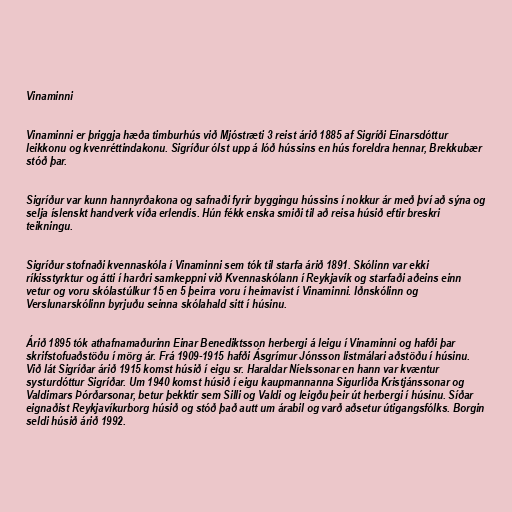
Vinaminni

Vinaminni er þriggja hæða timburhús við Mjóstræti 3 reist árið 1885 af Sigríði Einarsdóttur
leikkonu og kvenréttindakonu. Sigríður ólst upp á lóð hússins en hús foreldra hennar, Brekkubær
stóð þar.

Sigríður var kunn hannyrðakona og safnaði fyrir byggingu hússins í nokkur ár með því að sýna og
selja íslenskt handverk víða erlendis. Hún fékk enska smiði til að reisa húsið eftir breskri
teikningu.

Sigríður stofnaði kvennaskóla í Vinaminni sem tók til starfa árið 1891. Skólinn var ekki
ríkisstyrktur og átti í harðri samkeppni við Kvennaskólann í Reykjavík og starfaði aðeins einn
vetur og voru skólastúlkur 15 en 5 þeirra voru í heimavist í Vinaminni. Iðnskólinn og
Verslunarskólinn byrjuðu seinna skólahald sitt í húsinu.

Árið 1895 tók athafnamaðurinn Einar Benediktsson herbergi á leigu í Vinaminni og hafði þar
skrifstofuaðstöðu í mörg ár. Frá 1909-1915 hafði Ásgrímur Jónsson listmálari aðstöðu í húsinu.
Við lát Sigríðar árið 1915 komst húsið í eigu sr. Haraldar Níelssonar en hann var kvæntur
systurdóttur Sigríðar. Um 1940 komst húsið í eigu kaupmannanna Sigurliða Kristjánssonar og
Valdimars Þórðarsonar, betur þekktir sem Silli og Valdi og leigðu þeir út herbergi í húsinu. Síðar
eignaðist Reykjavíkurborg húsið og stóð það autt um árabil og varð aðsetur útigangsfólks. Borgin
seldi húsið árið 1992.